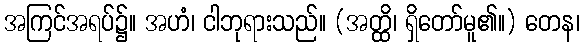
အကြင်အရပ်၌။ အဟံ၊ ငါဘုရားသည်။ (အတ္ထိ၊ ရှိတော်မူ၏။) တေန၊